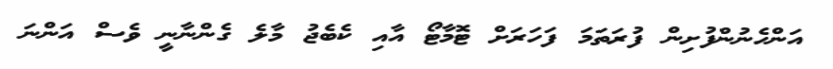
އަންހެނުންފުށިން ފުރަތަމަ ފަހަރަށް ޓޮމާޓޯ އާއި ކެބެޖު މާލެ ގެންނާނީ ވެސް އަންނަ